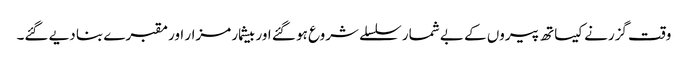
وقت گزرنے کیساتھ پیروں کے بے شمار سلسلے شروع ہو گئے اور بیشمار مزار اور مقبرے بنا دیے گئے۔